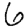
Digit: 6